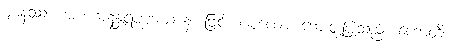
ဈာနဿ၊ အား။ အနန္တရပစ္စယေ န၊ ဖြင့်။ ပစ္စယော၊ ကျေးဇူးပြုသည်။ ဟောတိ၊